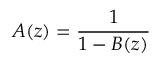
A ( z ) = { \frac { 1 } { 1 - B ( z ) } }